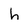
Character: h